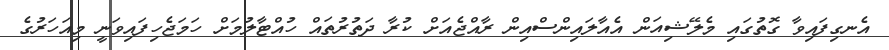
އެނގިފައިވާ ގޮތުގައި މެލޭޝިއަން އެއާލައިންސްއިން ރާއްޖެއަށް ކުރާ ދަތުރުތައް ހުއްޓާލުމަށް ހަމަޖެހިފައިވަނީ މިއަހަރުގެ